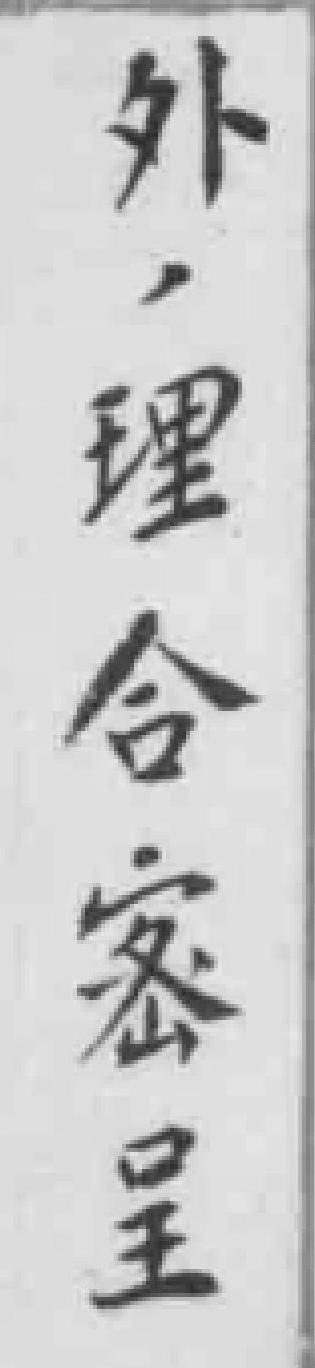
外，理合密呈